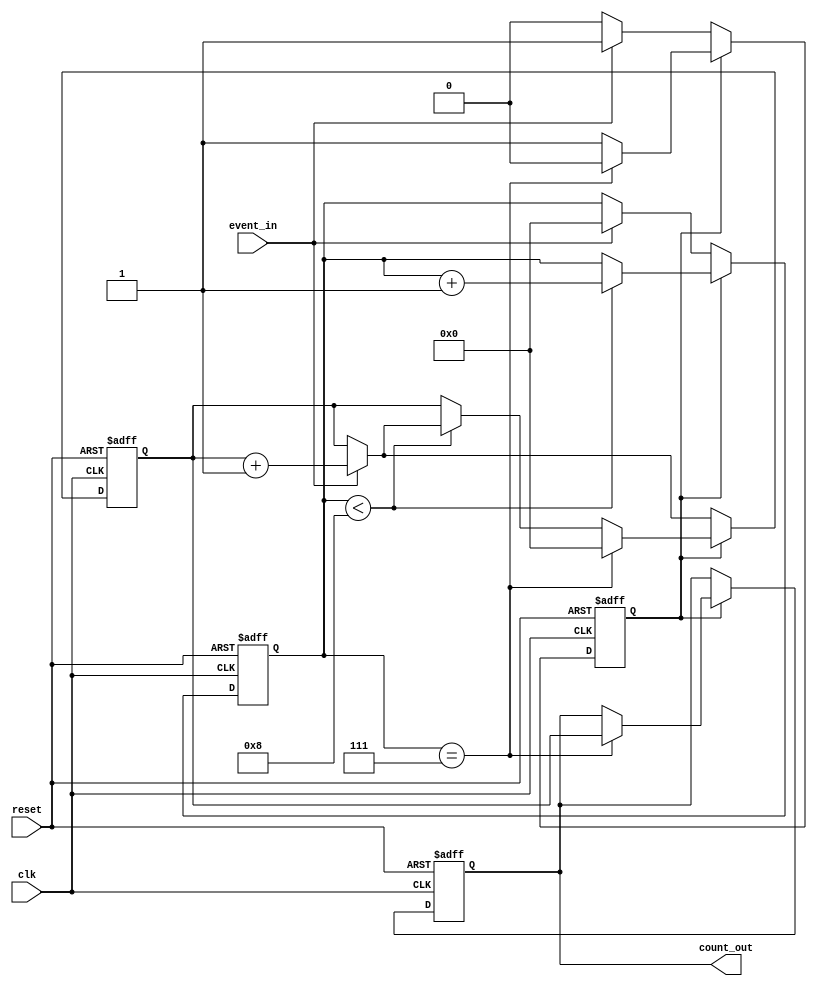
module windowed_counter #(
    parameter WINDOW_SIZE = 8  // Configurable window size in clock cycles
)(
    input wire clk,             // Clock signal
    input wire reset,           // Asynchronous reset
    input wire event_in,        // Event input signal
    output reg [3:0] count_out  // Output count (4 bits for count, adjust as needed)
);

    reg [3:0] count;            // Internal counter for events
    reg [3:0] window_timer;     // Window timer counter
    reg window_active;          // Indicates if the window is currently active

    // Asynchronous reset and counting logic
    always @(posedge clk or posedge reset) begin
        if (reset) begin
            count <= 4'b0000;     // Reset count to 0
            count_out <= 4'b0000; // Reset output count to 0
            window_timer <= 4'b0000; // Reset window timer to 0
            window_active <= 1'b0; // Window is not active
        end else begin
            if (window_active) begin
                if (window_timer < WINDOW_SIZE) begin
                    window_timer <= window_timer + 1; // Increment window timer
                    if (event_in) begin
                        count <= count + 1;  // Increment count on event
                    end
                end
                if (window_timer == WINDOW_SIZE - 1) begin
                    window_active <= 1'b0; // Deactivate window
                    count_out <= count;    // Latch the count value to output
                    count <= 4'b0000; // Reset count after window closes
                end
            end else begin
                if (event_in) begin
                    // Start counting events and activate the window
                    window_active <= 1'b1;
                    count <= count + 1;  // Increment count on event
                    window_timer <= 4'b0000; // Reset window timer
                end
            end
        end
    end

endmodule